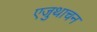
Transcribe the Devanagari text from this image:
एजुथाचन